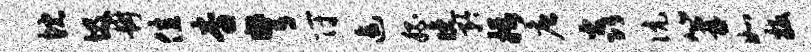
忱圾冉佳杳弩符逾嵇晚矜摄唐焱伉篝如扳